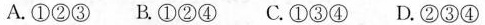
A.①②③B.①②④C.①③④D.②③④